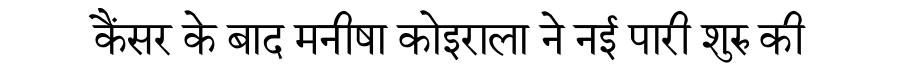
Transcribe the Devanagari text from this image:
कैंसर के बाद मनीषा कोइराला ने नई पारी शुरु की